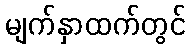
မျက်နှာထက်တွင်